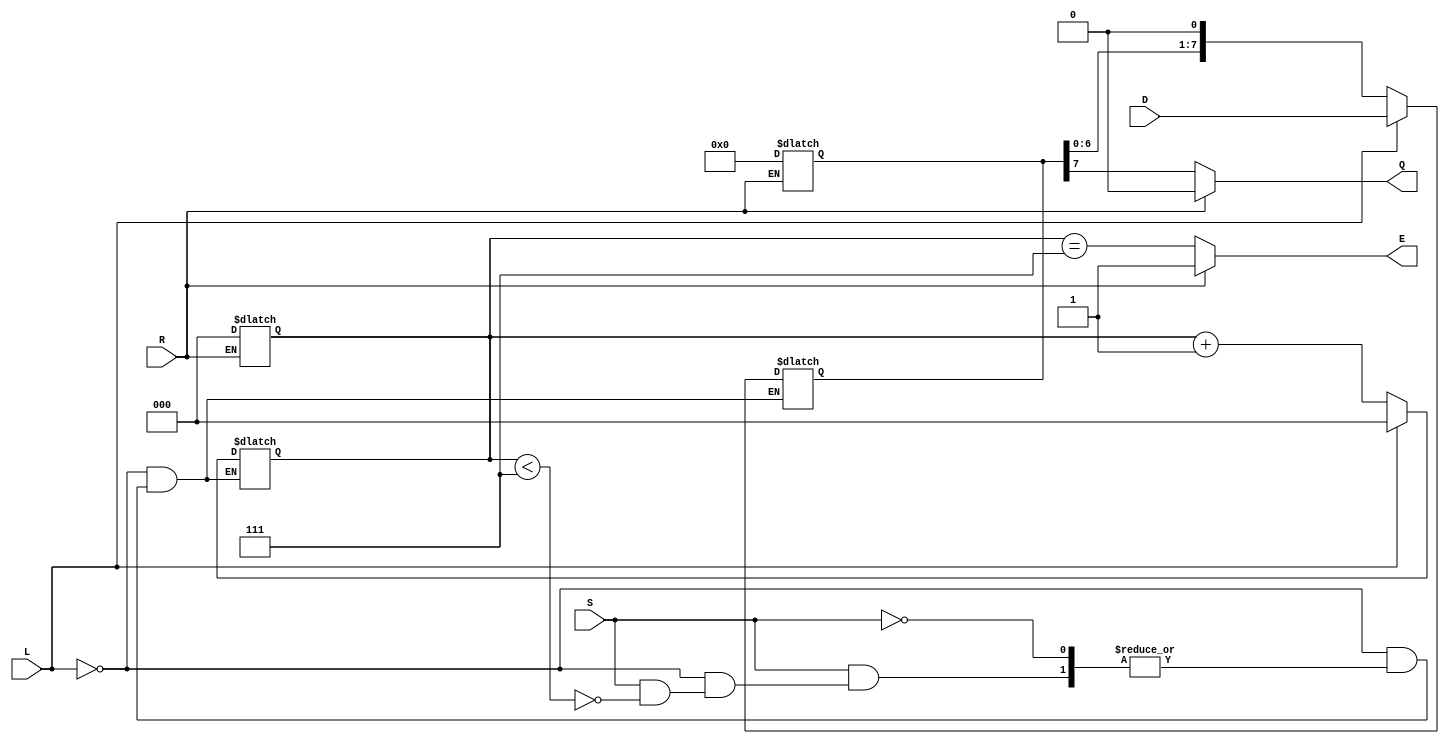
module PISO_Register (
    input wire [7:0] D,      // Parallel Data Input
    input wire L,            // Load Control Signal
    input wire S,            // Shift Control Signal
    input wire R,            // Asynchronous Reset Signal
    output reg Q,            // Serial Output
    output reg E             // Empty Flag
);

    reg [7:0] SR;            // Shift Register
    reg [2:0] CNT;           // Counter for bits shifted out

    // Asynchronous Reset
    always @* begin
        if (R) begin
            SR = 8'b0;       // Clear the shift register
            CNT = 3'b0;      // Reset the counter
            Q = 1'b0;        // Clear the output
            E = 1'b1;        // Register is empty
        end else begin
            // Default values
            Q = SR[7];       // Output the MSB of the shift register
            E = (CNT == 3'b111); // Set empty flag when all bits are shifted out
        end
    end

    // Load and Shift Logic
    always @* begin
        if (L) begin
            SR = D;          // Load parallel data into the shift register
            CNT = 3'b0;      // Reset the counter
        end else if (S) begin
            if (CNT < 3'b111) begin
                SR = {SR[6:0], 1'b0}; // Shift right and output MSB
                CNT = CNT + 1;       // Increment the counter
            end
        end
    end

endmodule